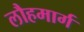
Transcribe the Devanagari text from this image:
लौहमार्ग